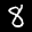
Label: 8